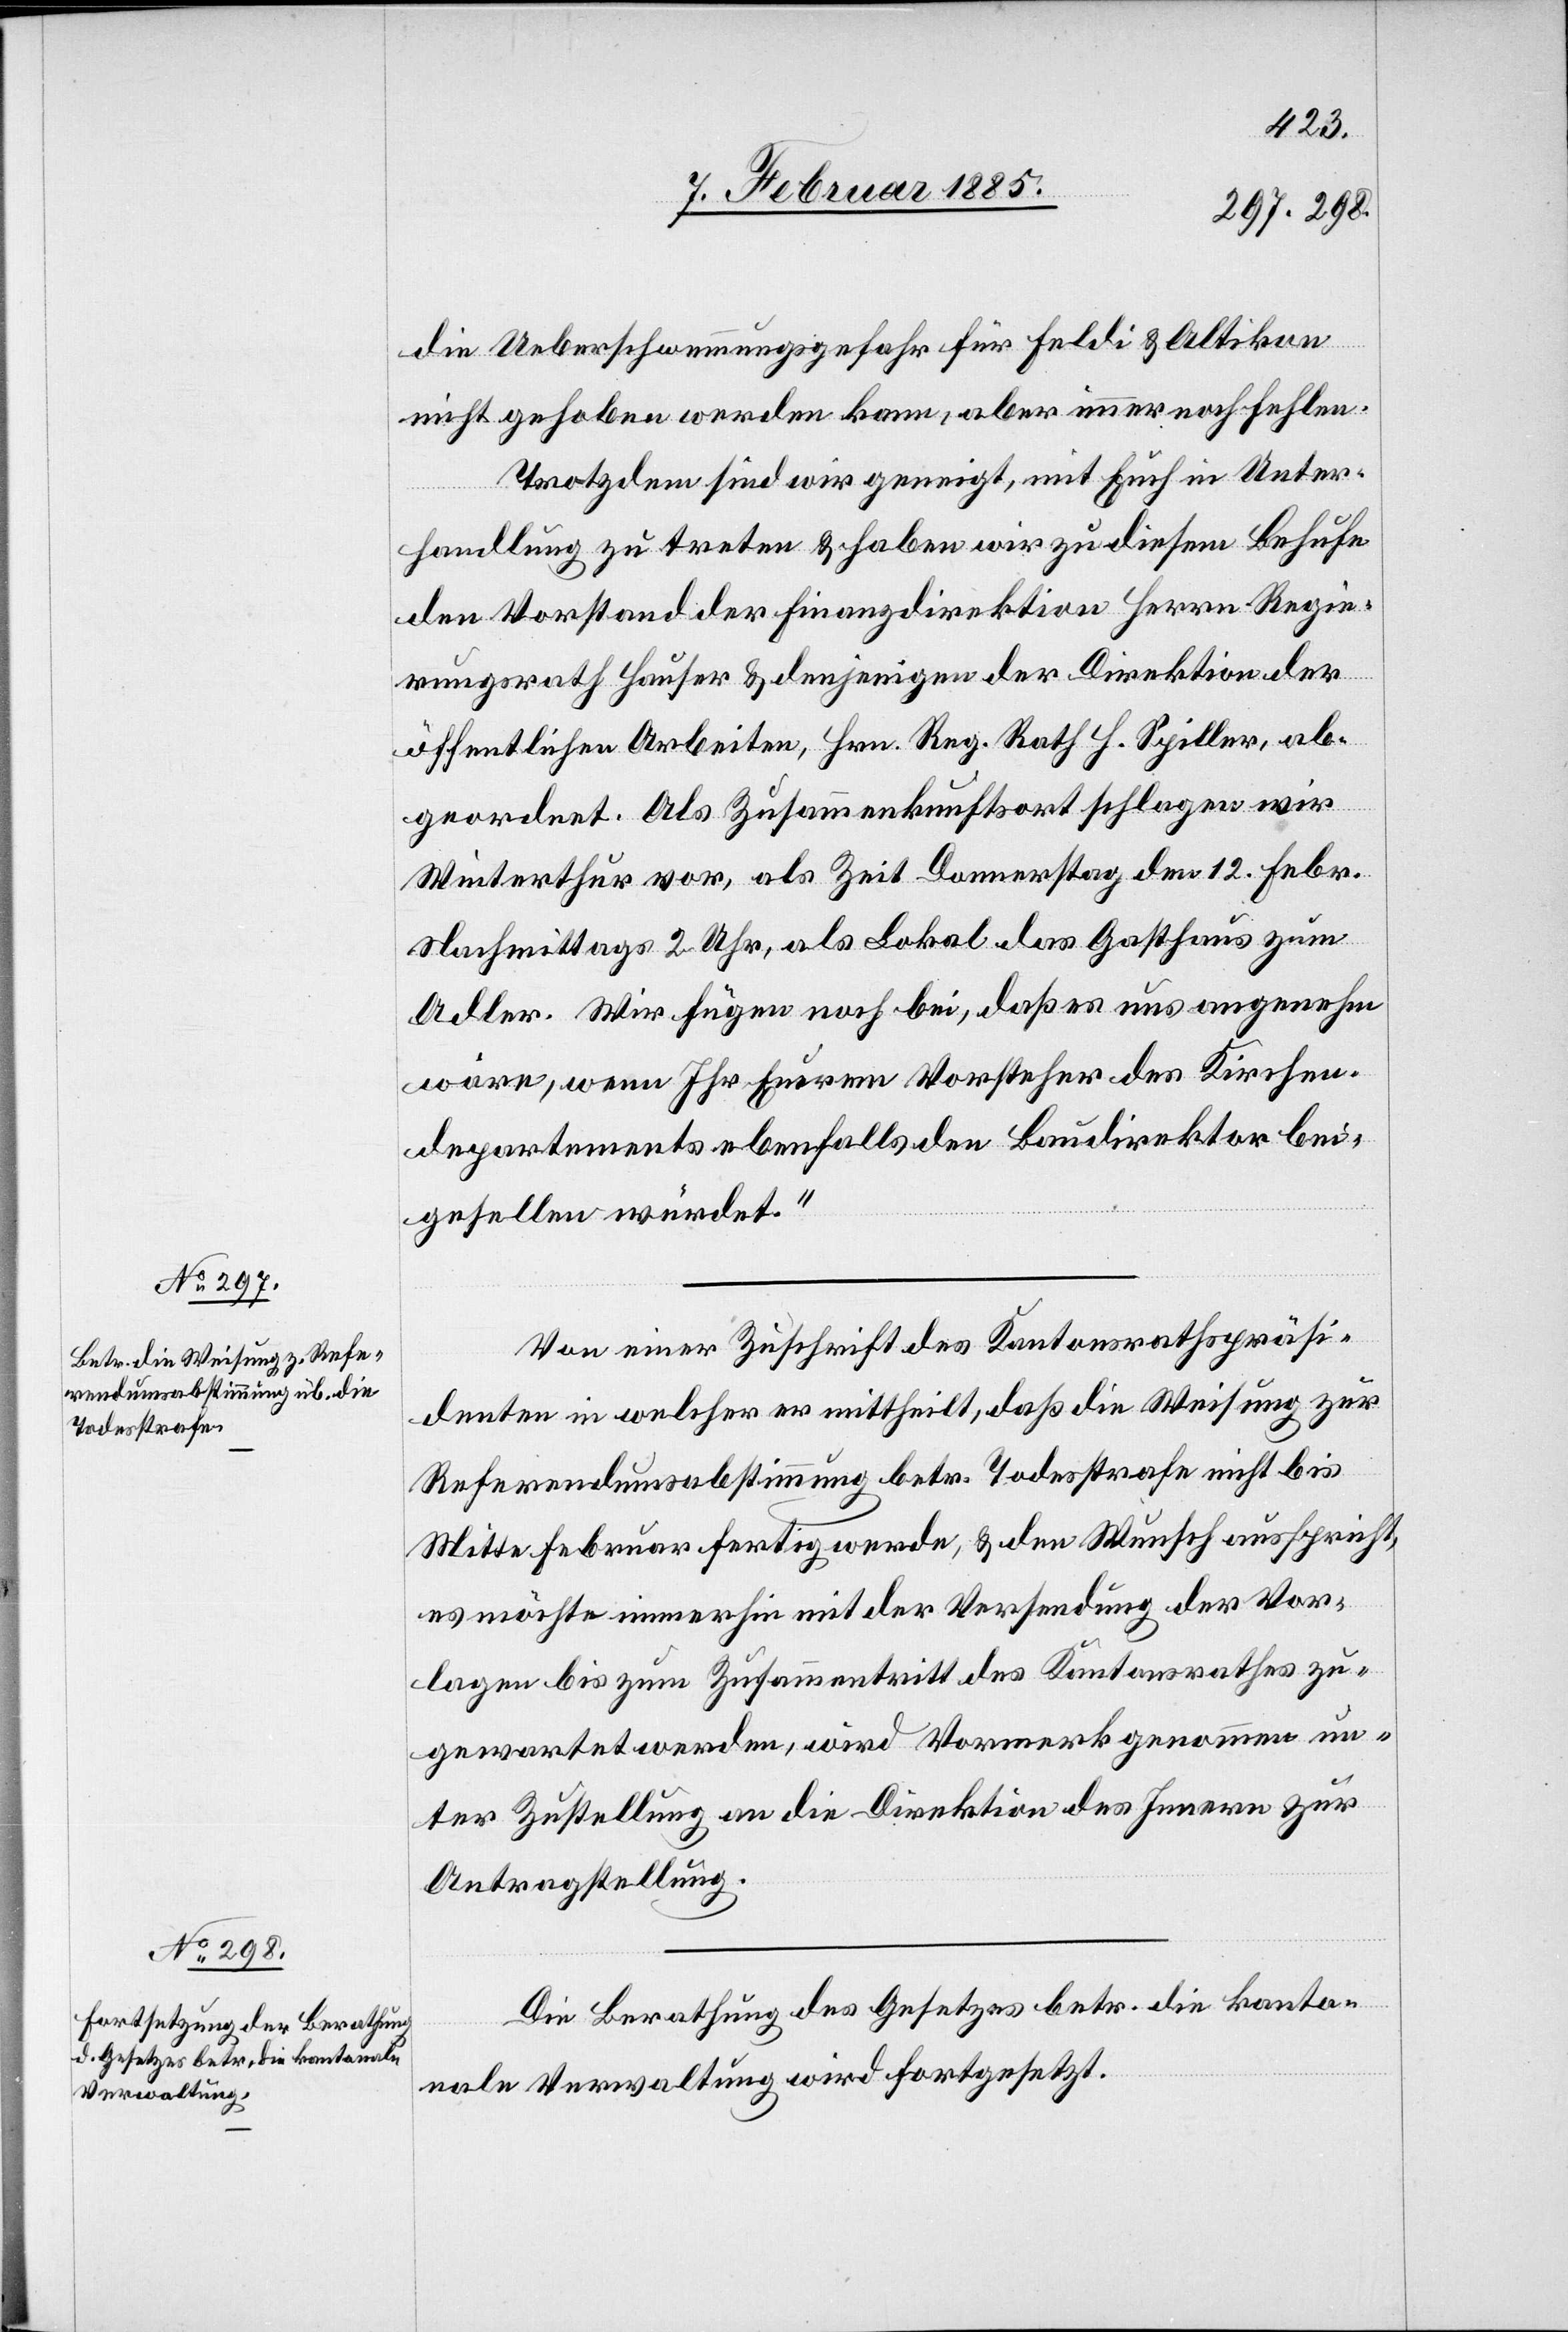
die Ueberschwemmungsgefahr für Feldi & Altikon
nicht gehoben werden kann, aber immer noch fehlen.
Trotzdem sind wir geneigt, mit Euch in Unter¬
handlungen zu treten & haben wir zu diesem Behufe
den Vorstand der Finanzdirektion Herrn Regie¬
rungsrath Hauser & denjenigen der Direktion der
öffentlichen Arbeiten, Hrn. Reg. Rath H. Spiller, ab¬
geordnet. Als Zusammenkunftsort schlagen wir
Winterthur vor, als Zeit Donnerstag den 12. Febr.
Nachmittags 2 Uhr, als Lokals das Gasthaus zum
Adler. Wir fügen noch bei, daß es uns angenehm
wäre, wenn Ihre Eurem Vorsteher des Kirchen¬
departements ebenfalls den Baudirektor bei¬
gesellen würdet.“
Von einer Zuschrift des Kantonsrathspräsi¬
denten in welcher er mittheilt, daß die Weisung zur
Referendumsabstimmung betr. Todesstrafe nicht bis
Mitte Februar fertig werde, & den Wunsch ausspricht,
es möchte immerhin mit der Versendung der Vor¬
lagen bis zum Zusammentritt des Kantonsrathes zu¬
gewartet werden, wird Vormerk genommen un¬
ter Zustellung an die Direktion des Innern zur
Antragstellung.
Die Berathung des Gesetzes betr. die kanton¬
ale Verwaltung wird fortgesetzt.